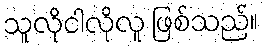
သူလိုငါလိုလူ ဖြစ်သည်။